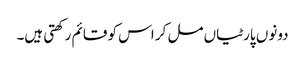
دونوں پارٹیاں مل کر اس کو قائم رکھتی ہیں۔